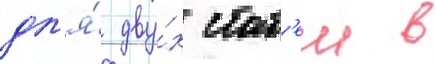
дл'я́ дву́х стат'еи в